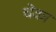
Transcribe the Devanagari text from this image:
चेका